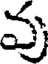
వు